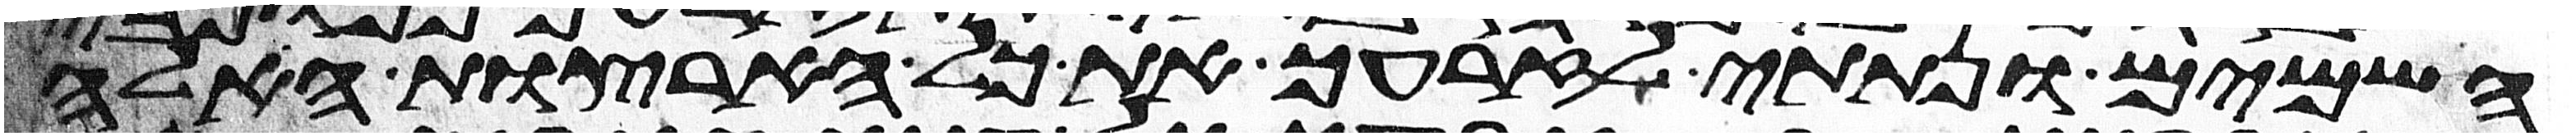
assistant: השמים ונתתי לזרעך את כל הארצות האלה